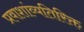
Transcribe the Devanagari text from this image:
प्रवाशांव्यतिरिक्त